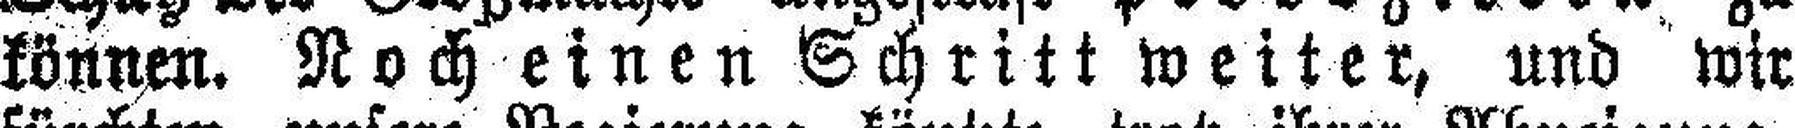
können. Noch einen Schritt weiter, und wir